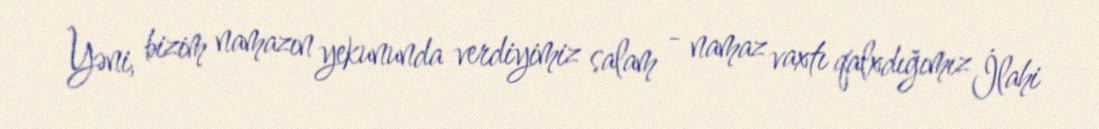
Yəni, bizim namazın yekununda verdiyimiz salam - namaz vaxtı qalxdığımız İlahi